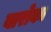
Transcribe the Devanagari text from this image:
बारोका